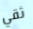
ثقي